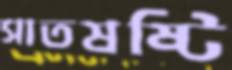
সাতষষ্টি